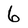
Character: 6